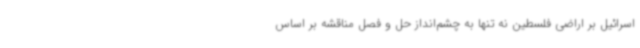
اسرائیل بر اراضی فلسطین نه تنها به چشم‌انداز حل و فصل مناقشه بر اساس